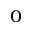
_ 0